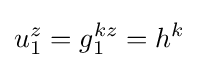
{u}_{1}^{z}={g}_{1}^{kz}=h^{k}